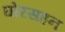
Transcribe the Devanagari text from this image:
घोरसहन